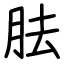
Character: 胠